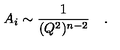
A _ { i } \sim \frac { 1 } { ( Q ^ { 2 } ) ^ { n - 2 } } \quad .